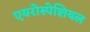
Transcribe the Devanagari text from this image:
एयरोस्पेशियल